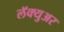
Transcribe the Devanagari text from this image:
लॅक्युअर